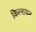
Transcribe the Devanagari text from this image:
कैिल्शयम